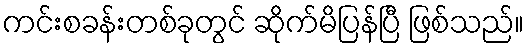
ကင်းစခန်းတစ်ခုတွင် ဆိုက်မိပြန်ပြီ ဖြစ်သည်။